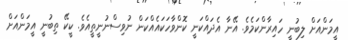
އީމަންއަށް ލިބުނީ ހައިރާންކަމެވެ. އޭނާ އެދައްކަނީ ކޮންވާހަކައެއްކަން ނުވިސްނުނީތީއެވެ. ކީކޭ ތިބުނީ އީމަންއަށް